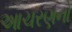
આચરણનો